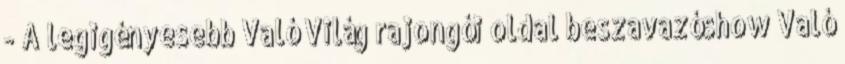
- A legigényesebb Való Világ rajongói oldal beszavazóshow Való